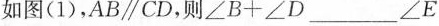
如图(1)，A B /parallel C D，则$$∠ B + ∠ D ____ ∠ E$$